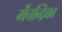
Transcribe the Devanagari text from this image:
मेंचन्द्रिका